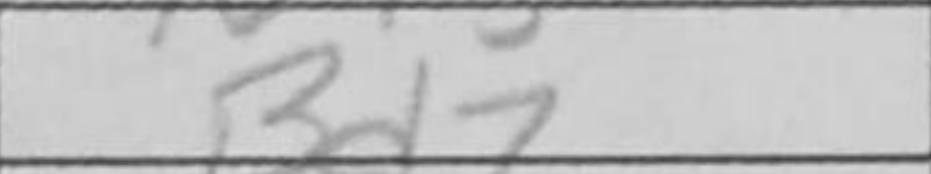
Transcription: Bd7